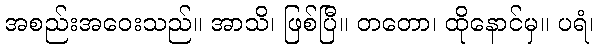
အစည်းအဝေးသည်။ အာသိ၊ ဖြစ်ပြီ။ တတော၊ ထိုနောင်မှ။ ပရံ၊